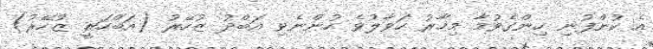
އެ ކުންފުނި ހިންގެވުމާ މިހާރު ހަވާލުވެ ހުންނެވި އަބްދު ޒުހޭރު (އަބްހަރީ ޒުހޭރު)